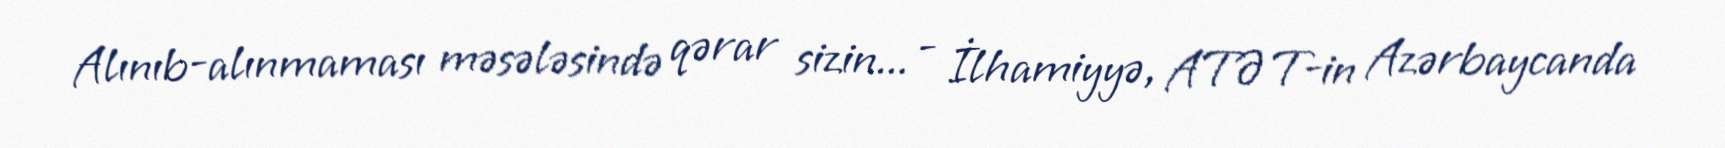
Alınıb-alınmaması məsələsində qərar sizin... - İlhamiyyə, ATƏT-in Azərbaycanda